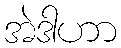
အဲဒါဟာ